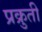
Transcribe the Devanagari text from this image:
प्रक्रुती